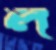
ল